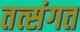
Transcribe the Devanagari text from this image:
तत्संगत